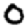
Digit: 0